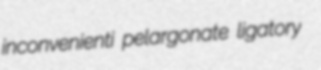
inconvenienti pelargonate ligatory